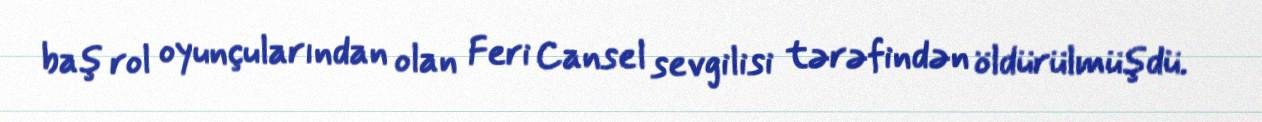
baş rol oyunçularından olan Feri Cansel sevgilisi tərəfindən öldürülmüşdü.